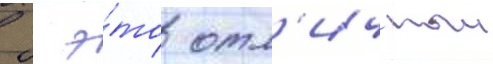
  э́то отл'ичныи